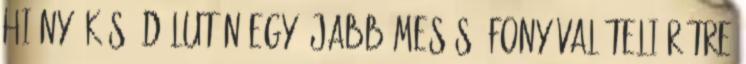
hiány. Késő délután egy újabb mesés áfonyával teli rétre